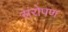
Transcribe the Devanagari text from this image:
संरोपण